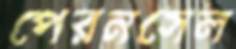
পেরনসেল